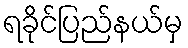
ရခိုင်ပြည်နယ်မှ